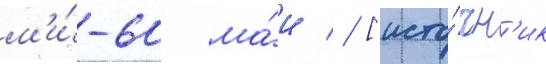
м'и́-60 ма́и // [исто́чн'ик